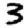
Digit: 3